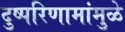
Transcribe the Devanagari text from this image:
दुष्परिणामांमुळे